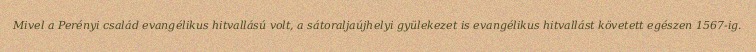
Mivel a Perényi család evangélikus hitvallású volt, a sátoraljaújhelyi gyülekezet is evangélikus hitvallást követett egészen 1567-ig.